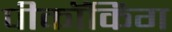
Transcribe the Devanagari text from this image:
पीकॉकिंग